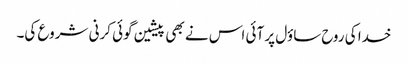
خدا کی روح ساؤل پر آئی اس نے بھی پیشین گوئی کرنی شروع کی۔